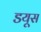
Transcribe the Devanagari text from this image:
डयूस